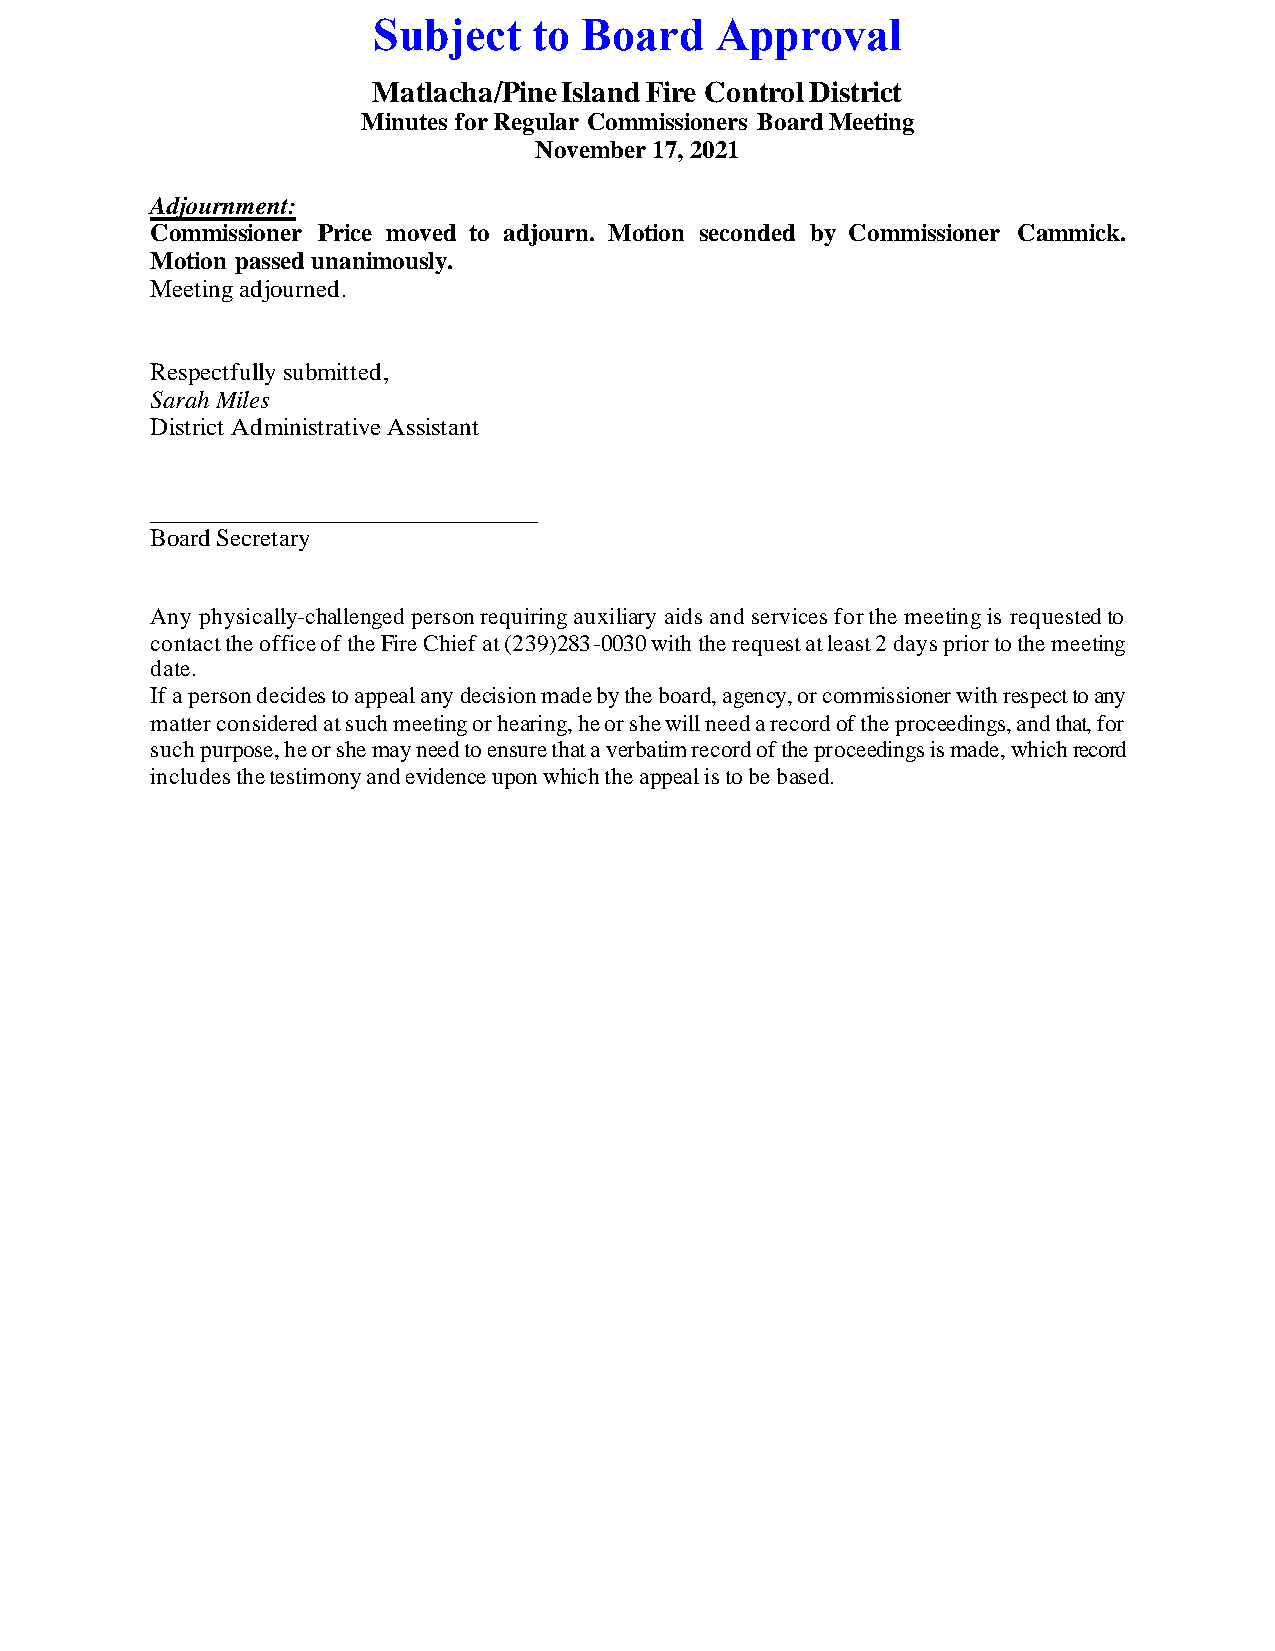
Subject   to  Board   Approval
 Matlacha/Pine Island Fire Control District
 Minutes for Regular Commissioners Board Meeting
 November 17, 2021
 Adjournment:
 Commissioner Price moved to adjourn. Motion seconded by Commissioner Cammick.
 Motion passed unanimously.
 Meeting adjourned.
 Respectfully submitted,
 Sarah Miles
 District Administrative Assistant
 _______________________________
 Board Secretary
 Any physically-challenged person requiring auxiliary aids and services for the meeting is requested to
 contact the office of the Fire Chief at (239)283-0030 with the request at least 2 days prior to the meeting
 date.
 If a person decides to appeal any decision made by the board, agency, or commissioner with respect to any
 matter considered at such meeting or hearing, he or she will need a record of the proceedings, and that, for
 such purpose, he or she may need to ensure that a verbatim record of the proceedings is made, which record
 includes the testimony and evidence upon which the appeal is to be based.